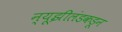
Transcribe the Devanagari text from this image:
न्यूझीलंडकडून